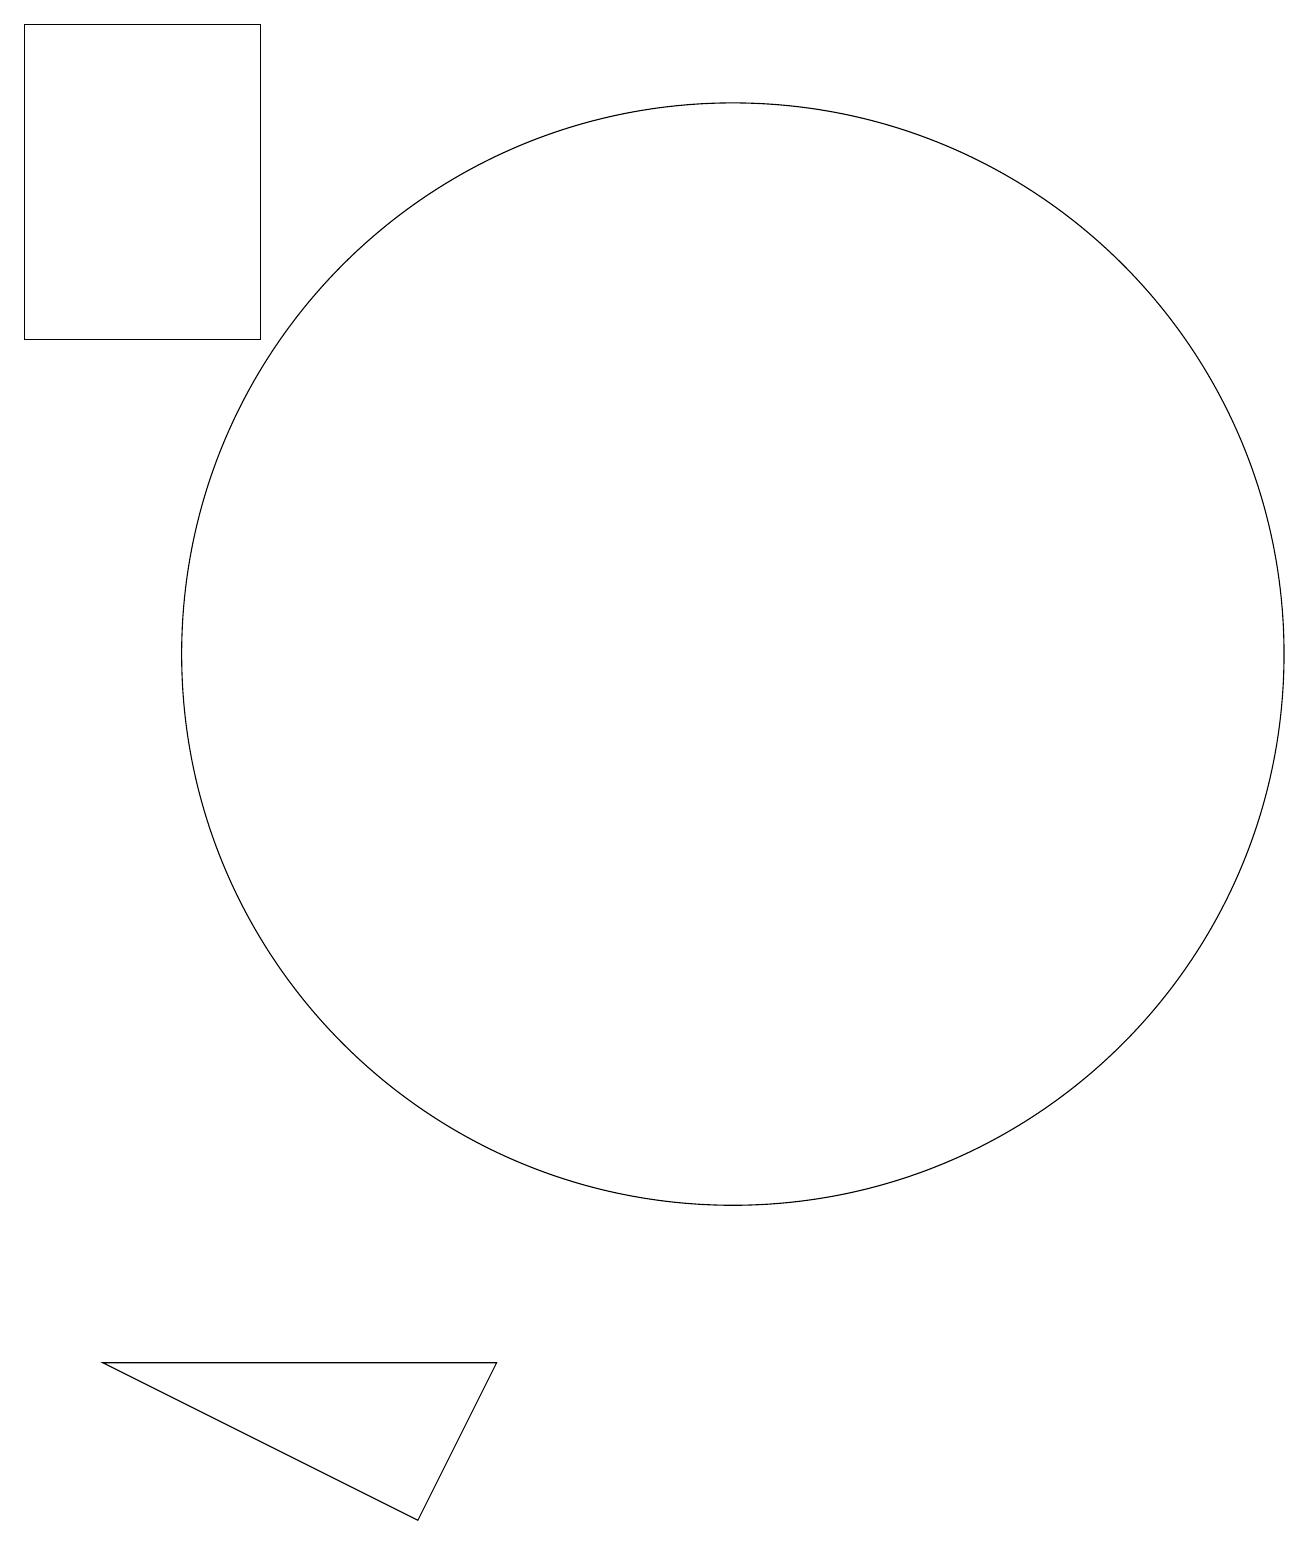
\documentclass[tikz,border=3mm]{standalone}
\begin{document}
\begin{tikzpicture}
\draw (7,0) -- (3,2) -- (8,2) -- cycle;
\draw (2,19) rectangle (5,15);
\draw (11,11) circle (7);
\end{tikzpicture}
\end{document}